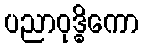
ပညာဝုဒ္ဓိကော